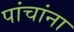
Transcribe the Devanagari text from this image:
पांचांना